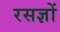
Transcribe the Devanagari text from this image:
रसज्ञों